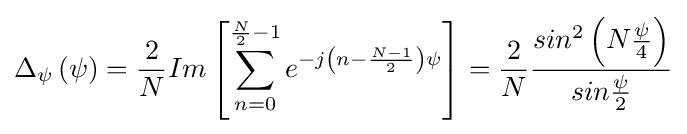
\Delta _{\psi }\left(\psi \right)={\frac {2}{N}}Im\left[\sum _{n=0}^{{\frac {N}{2}}-1}e^{-j\left(n-{\frac {N-1}{2}}\right)\psi }\right]={\frac {2}{N}}{\frac {sin^{2}\left(N{\frac {\psi }{4}}\right)}{sin{\frac {\psi }{2}}}}